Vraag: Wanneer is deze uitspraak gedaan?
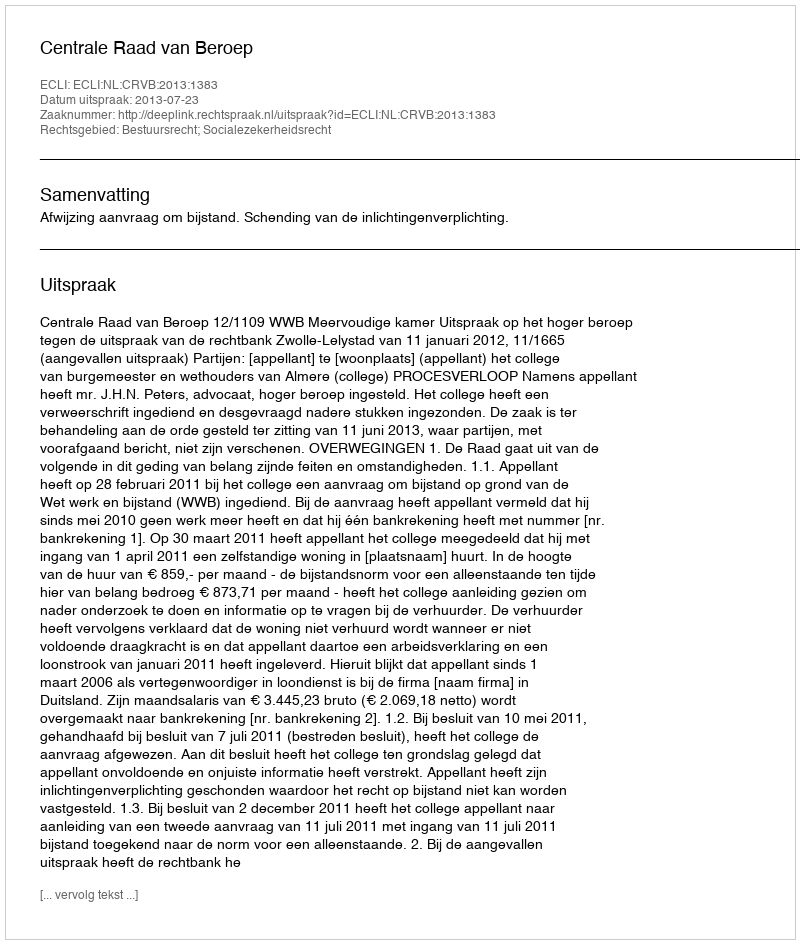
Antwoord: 2013-07-23